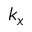
k _ { x }